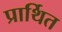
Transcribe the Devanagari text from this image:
प्रार्थित